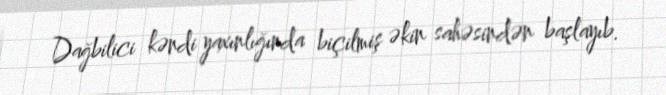
Dağbilici kəndi yaxınlığında biçilmiş əkin sahəsindən başlayıb.